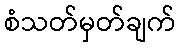
စံသတ်မှတ်ချက်